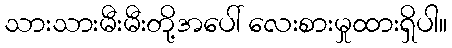
သားသားမီးမီးတို့အပေါ် လေးစားမှုထားရှိပါ။